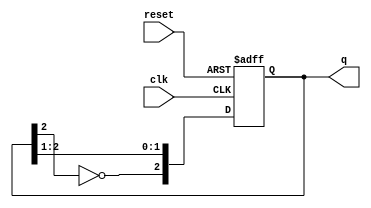
module johnson_counter (
    input wire clk,       // Clock signal
    input wire reset,     // Asynchronous reset
    output reg [2:0] q    // 3-bit output representing the current state
);

    // State transition logic
    always @(posedge clk or posedge reset) begin
        if (reset) begin
            // Reset the counter to state 0
            q <= 3'b000;
        end else begin
            // Johnson counter state transition
            q <= {~q[2], q[2:1]}; // Shift right and feed back inverted last bit
        end
    end

endmodule